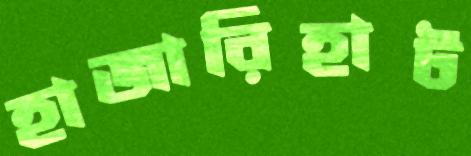
হাজারিহাট